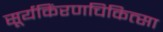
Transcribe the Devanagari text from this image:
सूर्यकिंरणचिकित्सा